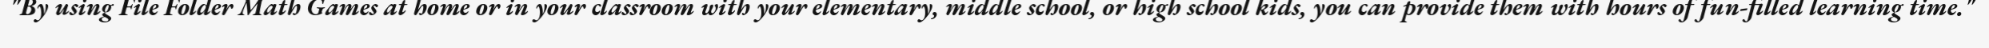
"By using File Folder Math Games at home or in your classroom with your elementary, middle school, or high school kids, you can provide them with hours of fun-filled learning time."